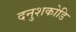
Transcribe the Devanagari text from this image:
दनुशकोडि